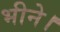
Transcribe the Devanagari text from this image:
भीने।